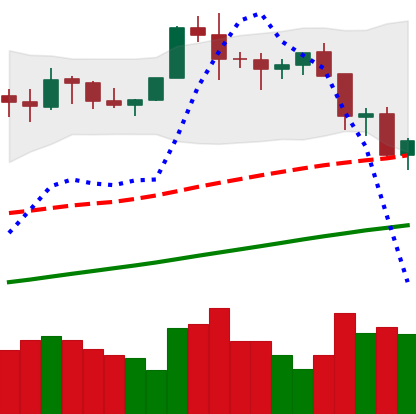
Ticker: BTC-USD
Chart end date: 2021-11-19
Forward return: -3.164%
Label: down_3_5